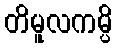
တိမူလကမ္ပိ